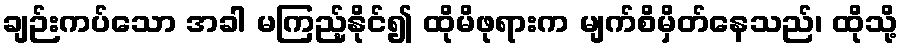
ချဉ်းကပ်သော အခါ မကြည့်နိုင်၍ ထိုမိဖုရားက မျက်စိမှိတ်နေသည်၊ ထိုသို့